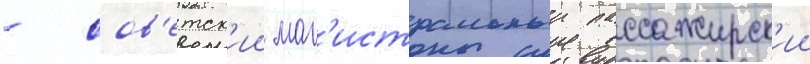
- сов'етск'ии маг'истральныи пассажирск'ии